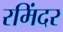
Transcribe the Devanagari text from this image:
रमिंदर